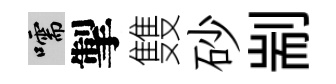
嚅掣䨇砂剬